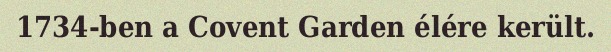
1734-ben a Covent Garden élére került.